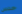
حدس